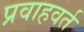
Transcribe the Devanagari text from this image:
प्रवाहवर्त